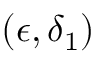
( \epsilon , \delta _ { 1 } )